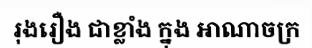
រុងរឿង ជាខ្លាំង ក្នុង អាណាចក្រ